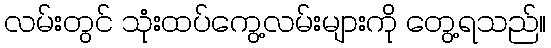
လမ်းတွင် သုံးထပ်ကွေ့လမ်းများကို တွေ့ရသည်။